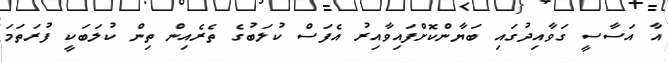
އާ އަސާސީ ގަވާއިދުގައި ބަޔާންކޮށްފައިވާއިރު އެފަސް ކުލަބުގެ ތެރެއިން ތިން ކުލަބަކީ ފުރަތަމަ